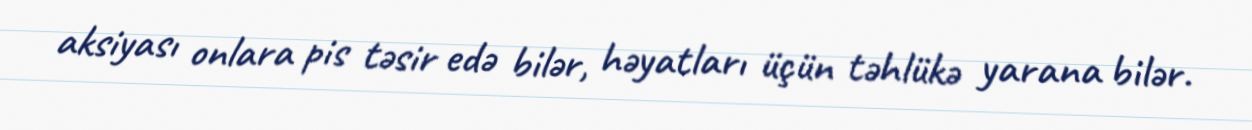
aksiyası onlara pis təsir edə bilər, həyatları üçün təhlükə yarana bilər.